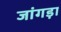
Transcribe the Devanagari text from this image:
जांगड़ा